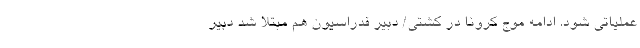
عملیاتی شود. ادامه موج کرونا در کشتی/ دبیر فدراسیون هم مبتلا شد دبیر